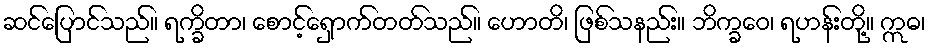
ဆင်ပြောင်သည်။ ရက္ခိတာ၊ စောင့်ရှောက်တတ်သည်။ ဟောတိ၊ ဖြစ်သနည်း။ ဘိက္ခဝေ၊ ရဟန်းတို့။ ဣဓ၊